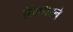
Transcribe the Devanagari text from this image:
ऍस्पारने